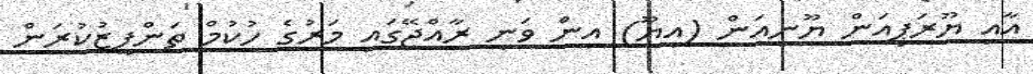
އާއި ޔޫރަޕިއަން ޔޫނިއަން (އީޔޫ) އިން ވަނީ ރާއްޖޭގައި މަރުގެ ހުކުމް ތަންފީޒުކުރަން